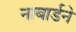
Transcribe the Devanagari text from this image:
नाबार्डने